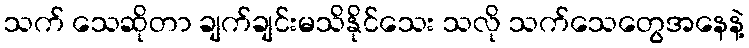
သက် သေဆိုတာ ချက်ချင်းမသိနိုင်သေး သလို သက်သေတွေအနေနဲ့